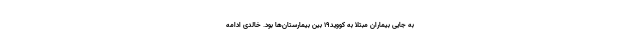
به جایی بیماران مبتلا به کووید١٩ بین بیمارستان‌ها بود. خالدی ادامه